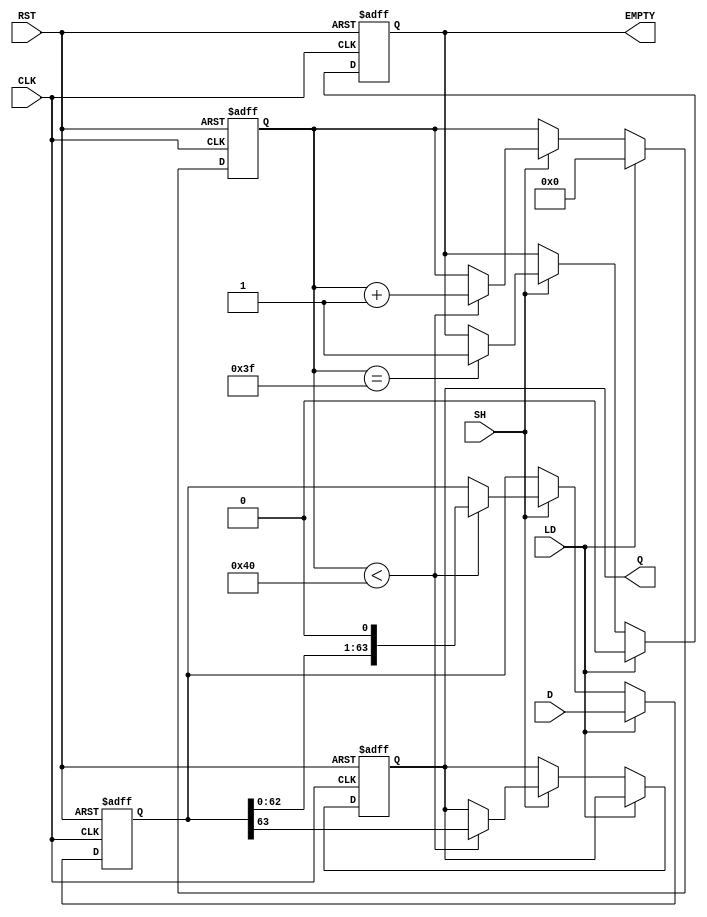
module PISO_Register (
    input wire [63:0] D,      // 64-bit input data
    input wire LD,            // Load signal
    input wire SH,            // Shift signal
    input wire CLK,           // Clock signal
    input wire RST,           // Reset signal
    output reg Q,             // Serial output
    output reg EMPTY          // Empty signal
);

    reg [63:0] shift_reg;     // 64-bit shift register
    reg [6:0] count;          // Counter for shifted bits

    // Asynchronous reset and load/shift operations
    always @(posedge CLK or posedge RST) begin
        if (RST) begin
            shift_reg <= 64'b0; // Clear the shift register
            count <= 7'b0;      // Reset the counter
            Q <= 1'b0;          // Clear the output
            EMPTY <= 1'b1;      // Register is empty
        end else begin
            if (LD) begin
                shift_reg <= D;  // Load data into the register
                count <= 7'b0;   // Reset the counter
                EMPTY <= 1'b0;   // Register is not empty
            end else if (SH) begin
                if (count < 64) begin
                    Q <= shift_reg[63]; // Shift out the MSB
                    shift_reg <= {shift_reg[62:0], 1'b0}; // Shift left
                    count <= count + 1; // Increment the counter
                end
                if (count == 63) begin
                    EMPTY <= 1'b1; // All bits shifted out
                end
            end
        end
    end

endmodule